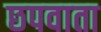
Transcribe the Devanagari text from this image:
छपवाता